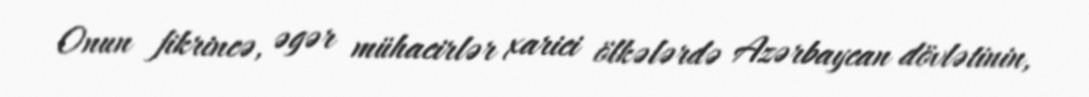
Onun fikrincə, əgər mühacirlər xarici ölkələrdə Azərbaycan dövlətinin,